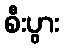
စီးပွား